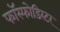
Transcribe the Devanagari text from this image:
फॉस्फोडिस्टर